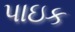
પાઇક